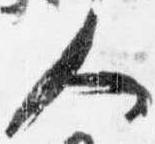
人